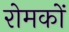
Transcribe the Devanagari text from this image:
रोमकों